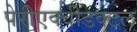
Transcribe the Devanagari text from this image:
पेरीएक्वीडक्टल